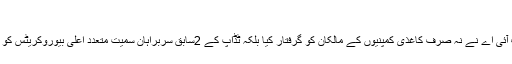
(خبر جاری ہے)
اس سلسلے میں ایف آئی اے نے نہ صرف کاغذی کمپنیوں کے مالکان کو گرفتار کیا بلکہ ٹڈاپ کے 2سابق سربراہان سمیت متعدد اعلی بیوروکریٹس کو حراست میں لیا گیا۔